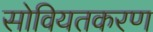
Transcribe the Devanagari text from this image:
सोवियतकरण